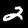
Label: 2